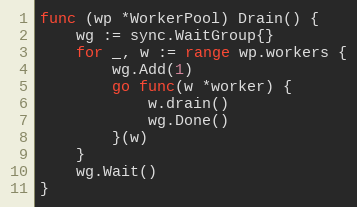
Language: Go
func (wp *WorkerPool) Drain() {
	wg := sync.WaitGroup{}
	for _, w := range wp.workers {
		wg.Add(1)
		go func(w *worker) {
			w.drain()
			wg.Done()
		}(w)
	}
	wg.Wait()
}